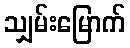
သျှမ်းမြောက်